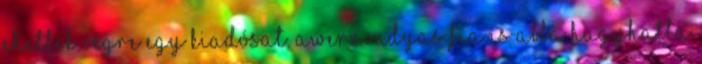
ehettek végre egy kiadósat. Awernondyas fia is abba hagyhatta